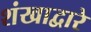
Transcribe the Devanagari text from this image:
शंखाद्वारे